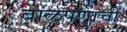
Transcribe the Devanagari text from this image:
बाळपणाची